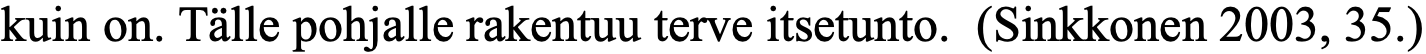
kuin on. Tälle pohjalle rakentuu terve itsetunto. (Sinkkonen 2003, 35.)